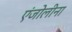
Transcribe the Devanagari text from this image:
एंजोलीना